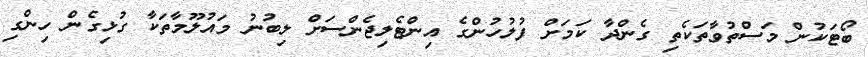
ބޯޓަކުން މަސްތުވާތަކެތި ގެންދާ ކަމަށް ފުލުހުންގެ އިންޓެލިޖެންސަށް ލިިބުނު މައުލޫމާތަކާ ގުޅިގެން ހިންގި